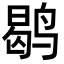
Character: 鹖